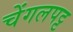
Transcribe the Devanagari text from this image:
चेंगलपट्ट